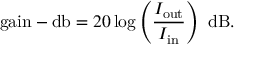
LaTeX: { \mathrm { g a i n - d b } } = 2 0 \log \left( { \frac { I _ { \mathrm { o u t } } } { I _ { \mathrm { i n } } } } \right) ~ { \mathrm { d B } } .